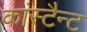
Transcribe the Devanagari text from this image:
कांस्टैन्ट